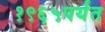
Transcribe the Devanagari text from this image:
१९६५पर्यंत